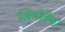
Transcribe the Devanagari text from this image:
जियोवेब